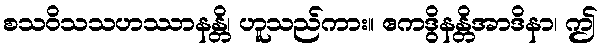
စသဝိသသဟဿာနန္တိ၊ ဟူသည်ကား။ ဧကဒွိနန္တိအာဒိနာ၊ ဤ